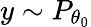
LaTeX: y\sim P_{\theta_{0}}